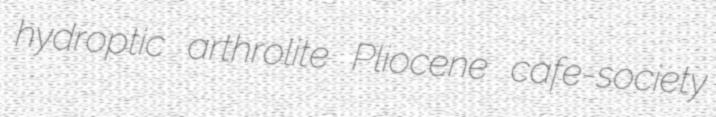
hydroptic arthrolite Pliocene cafe-society